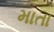
માતા